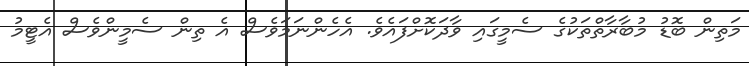
މަތިން ބޮޑު މުބާރާތްތަކުގެ ސެމީގައި ވާދަކޮށްފައެވެ. އެހެންނަމަވެސް އެ ތިން ސެމީންވެސް އެޓީމު